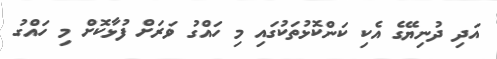
އަދި ދުނިޔޭގެ އެކި ކަންކޮޅުތަކުގައި މި ހައްގު ވަަަރަށް ފުޅާކޮށް މި ހައްގު